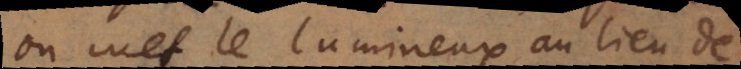
on met le lumineux au lieu de